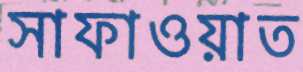
সাফাওয়াত